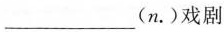
___(n.)戏剧